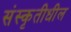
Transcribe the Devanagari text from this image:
संस्कृतीधील